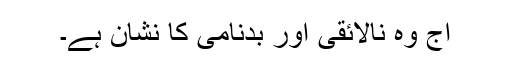
آج وہ نالائقی اور بدنامی کا نشان ہے۔